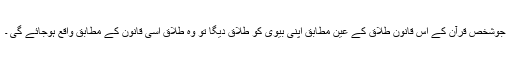
جوشخص قرآن کے اُس قانون ِطلاق کے عین مطابق اپنی بیوی کو طلاق دیگا تو وہ طلاق اُسی قانون کے مطابق واقع ہوجائے گی ۔